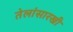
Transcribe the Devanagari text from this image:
तेलांसारखी